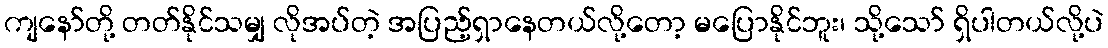
ကျနော်တို့ တတ်နိုင်သမျှ လိုအပ်တဲ့ အပြည့်ရှာနေတယ်လို့တော့ မပြောနိုင်ဘူး၊ သို့သော် ရှိပါတယ်လို့ပဲ